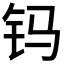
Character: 𨰾